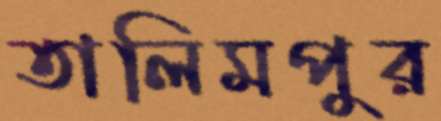
তালিমপুর